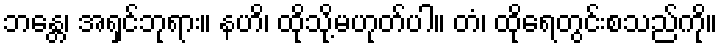
ဘန္တေ၊ အရှင်ဘုရား။ နဟိ၊ ထိုသို့မဟုတ်ပါ။ တံ၊ ထိုရေတွင်းစသည်ကို။